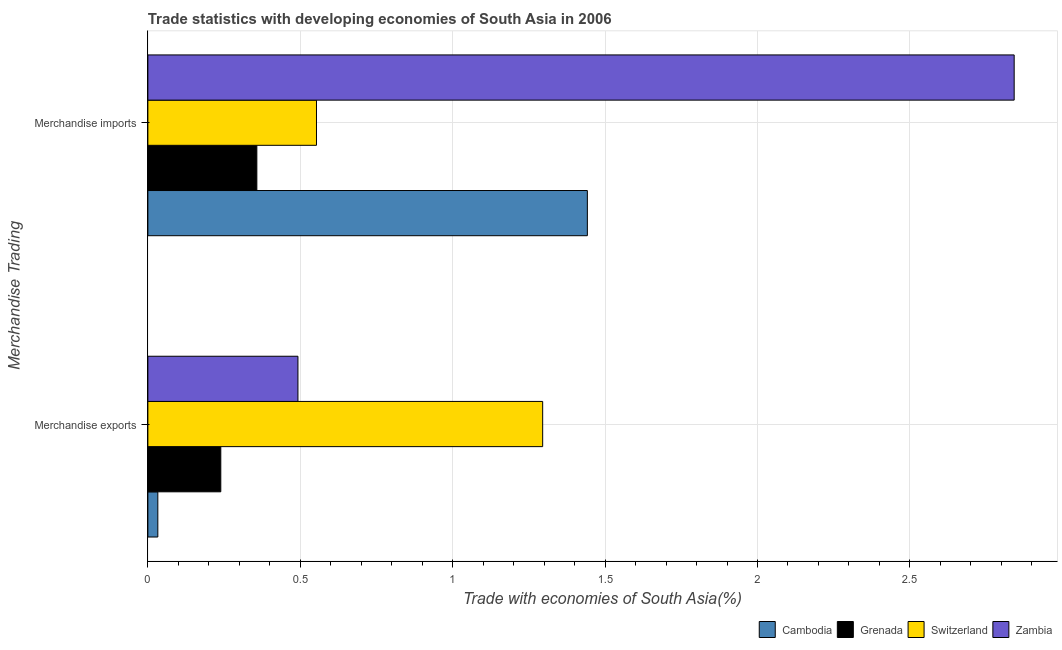
| Merchandise Trading | Cambodia | Grenada | Switzerland | Zambia |
 | --- | --- | --- | --- | --- |
 | Merchandise exports | 0.0327 | 0.239 | 1.3 | 0.492 |
 | Merchandise imports | 1.44 | 0.357 | 0.553 | 2.84 |